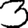
Digit: 3